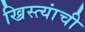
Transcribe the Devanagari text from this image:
ख्रिस्त्यांची